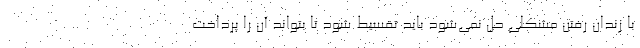
با زندان رفتن مشکلی حل نمی‌شود باید تقسیط شود تا بتواند آن را پرداخت